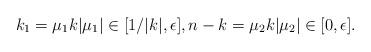
LaTeX: \begin{align*}k_1 = \mu_1 k |\mu_1| \in [1/|k|, \epsilon ], n - k = \mu_2 k |\mu_2| \in [0, \epsilon] . \end{align*}